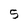
Character: 5